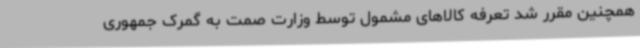
همچنین مقرر شد تعرفه کالاهای مشمول توسط وزارت صمت به گمرک جمهوری